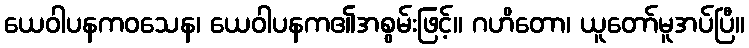
ယေဝါပနကဝသေန၊ ယေဝါပနက၏အစွမ်းဖြင့်။ ဂဟိတော၊ ယူတော်မူအပ်ပြီ။